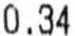
0.34